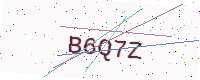
Text: B6Q7Z